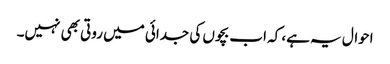
احوال یہ ہے، کہ اب بچوں کی جدائی میں روتی بھی نہیں۔